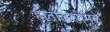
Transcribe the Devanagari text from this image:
हाताळणीमुळे